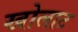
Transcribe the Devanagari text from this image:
खोलाट